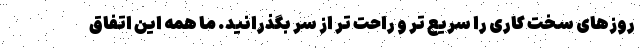
روزهای سخت کاری را سریع تر و راحت تر از سر بگذرانید. ما همه این اتفاق